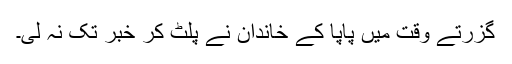
گزرتے وقت میں پاپا کے خاندان نے پلٹ کر خبر تک نہ لی۔